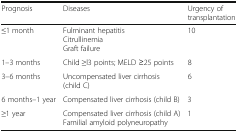
| Prognosis | Diseases | Urgency of transplantation |
 | --- | --- | --- |
 | ≤1 month | Fulminant hepatitisCitrullinemiaGraft failure | 10 |
 | 1–3 months | Child ≥l3 points; MELD ≥25 points | 8 |
 | 3–6 months | Uncompensated liver cirrhosis (child C) | 6 |
 | 6 months–1 year | Compensated liver cirrhosis (child B) | 3 |
 | ≥1 year | Compensated liver cirrhosis (child A)Familial amyloid polyneuropathy | 1 |